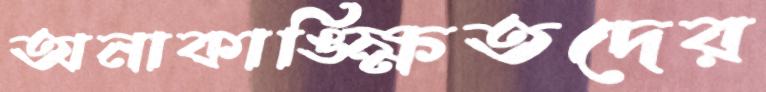
অনাকাঙ্ক্ষিতদের